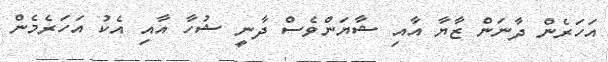
އަހަރެން ދާނަން ޒާޔާ އާއި ޝާޔަންވެސް ދާނީ ޝުހާ އާއި އެކު އަހަރެމެން